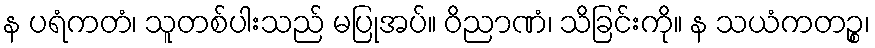
န ပရံကတံ၊ သူတစ်ပါးသည် မပြုအပ်။ ဝိညာဏံ၊ သိခြင်းကို။ န သယံကတဉ္စ၊